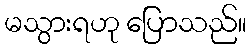
မသွားရဟု ပြောသည်။